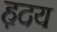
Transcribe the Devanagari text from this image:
ह़दय